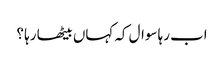
اب رہا سوال کہ کہاں بیٹھا رہا ؟